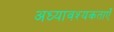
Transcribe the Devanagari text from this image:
अध्यावश्यकताएँ